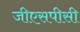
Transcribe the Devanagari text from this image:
जीएसपीसी